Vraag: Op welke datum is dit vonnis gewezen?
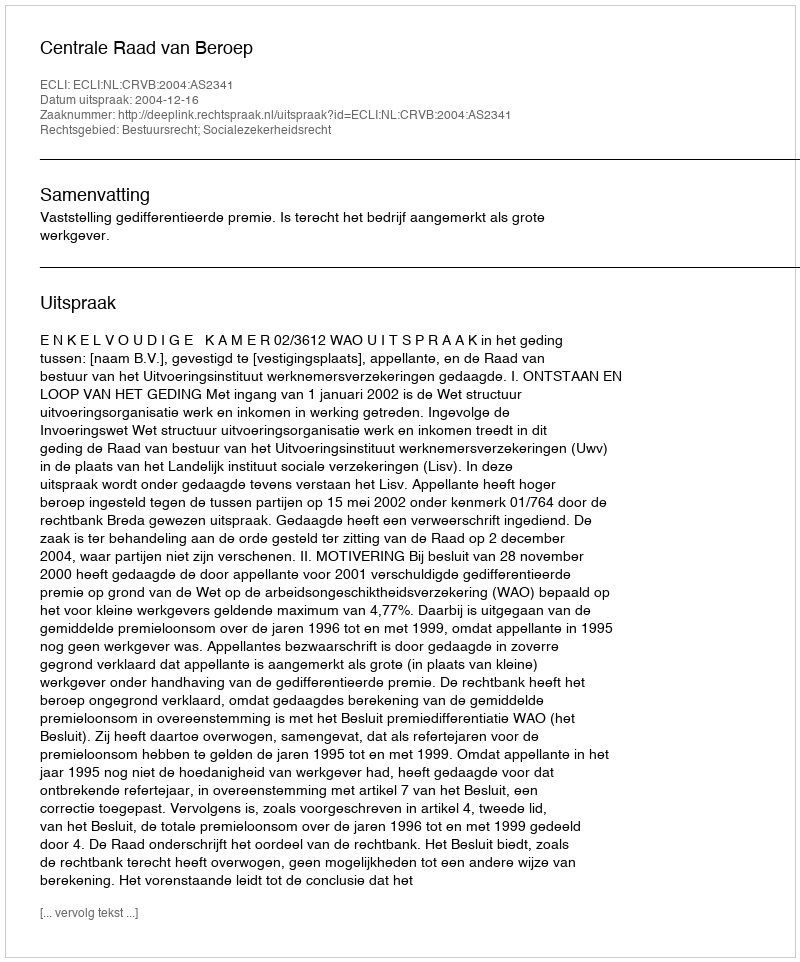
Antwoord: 2004-12-16